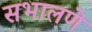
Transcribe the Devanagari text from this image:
सभालणे